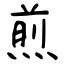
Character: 煎